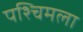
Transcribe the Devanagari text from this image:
पश्‍चिमला